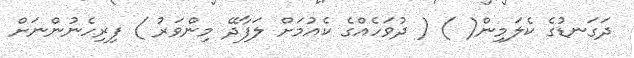
ދަގަނޑުގެ ކެލަމިން( ) ( ދުވަހެއްގެ ކެއުމަށް ލަފާދޭ މިންވަރު ) ފިރިހެނުންނަށް